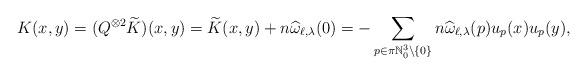
LaTeX: \begin{align*}K(x,y) = (Q^{\otimes 2}\widetilde{K})(x,y) = \widetilde{K}(x,y) + n\widehat{\omega}_{\ell,\lambda}(0) = - \sum_{p\in \pi \mathbb{N}_0^3\backslash\{0\}} n \widehat \omega_{\ell,\lambda}(p) u_p(x) u_p(y),\end{align*}